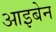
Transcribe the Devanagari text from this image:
आइबेन